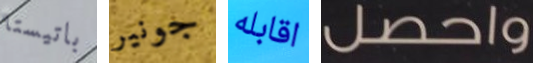
باتيستا جونير اقابله واحصل